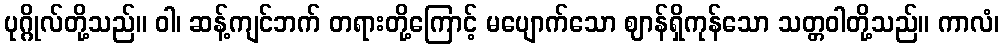
ပုဂ္ဂိုလ်တို့သည်။ ဝါ၊ ဆန့်ကျင်ဘက် တရားတို့ကြောင့် မပျောက်သော ဈာန်ရှိကုန်သော သတ္တဝါတို့သည်။ ကာလံ၊